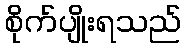
စိုက်ပျိုးရသည်